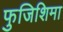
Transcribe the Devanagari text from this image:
फुजिशिमा